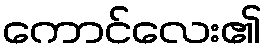
ကောင်လေး၏